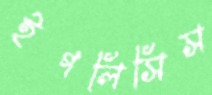
ইগলিসিস